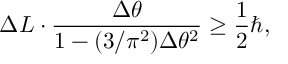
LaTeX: \Delta L \cdot \frac { \Delta \theta } { 1 - ( 3 / \pi ^ { 2 } ) \Delta \theta ^ { 2 } } \ge \frac 1 2 \hbar ,